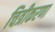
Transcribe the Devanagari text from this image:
चित्रीकरणा